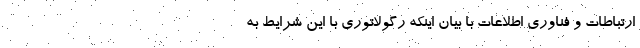
ارتباطات و فناوری اطلاعات با بیان اینکه رگولاتوری با این شرایط به